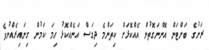
ރަށުގެ ބަށްޓަން އޮންނަގޮތުން އެއްކޮޅަށް ކިތަންމެ ދިގަސް އަނެއްކޮޅު ހިމަ ކަމުން ގިނައިރެއްނުވެ